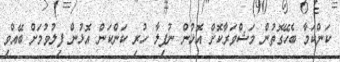
ކަންކަމާ ބެހޭގޮތުން މަޝްވަރާކޮށް އޮޅުން ނުފިލާ ހުރި ކަންކަން އޮޅުން ފިލުވުމަށް ބޭއްވި